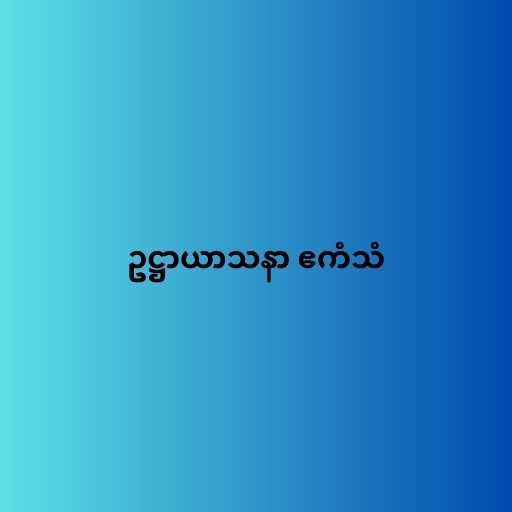
ဥဋ္ဌာယာသနာ ဧကံသံ